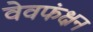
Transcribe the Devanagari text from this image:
वेवफंक्षन